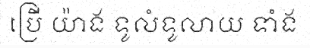
ប្រើ យ៉ាង ទូលំទូលាយ ទាំង